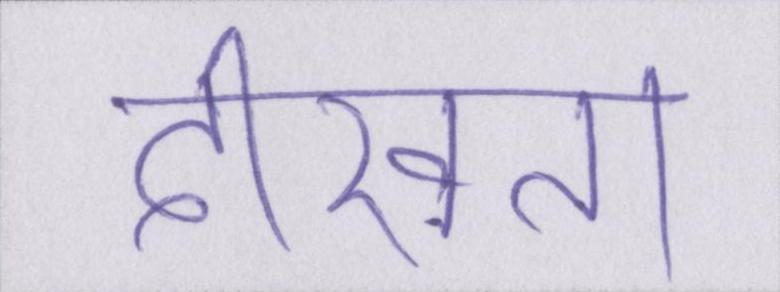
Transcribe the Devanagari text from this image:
दीखता